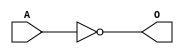
module MSCINVD7 (O,A);
    output O;
    input A;
        not             U_1     ( O , A);
endmodule